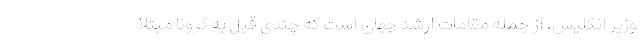
وزیر انگلیس، از جمله مقامات ارشد جهان است که چندی قبل به کرونا مبتلا